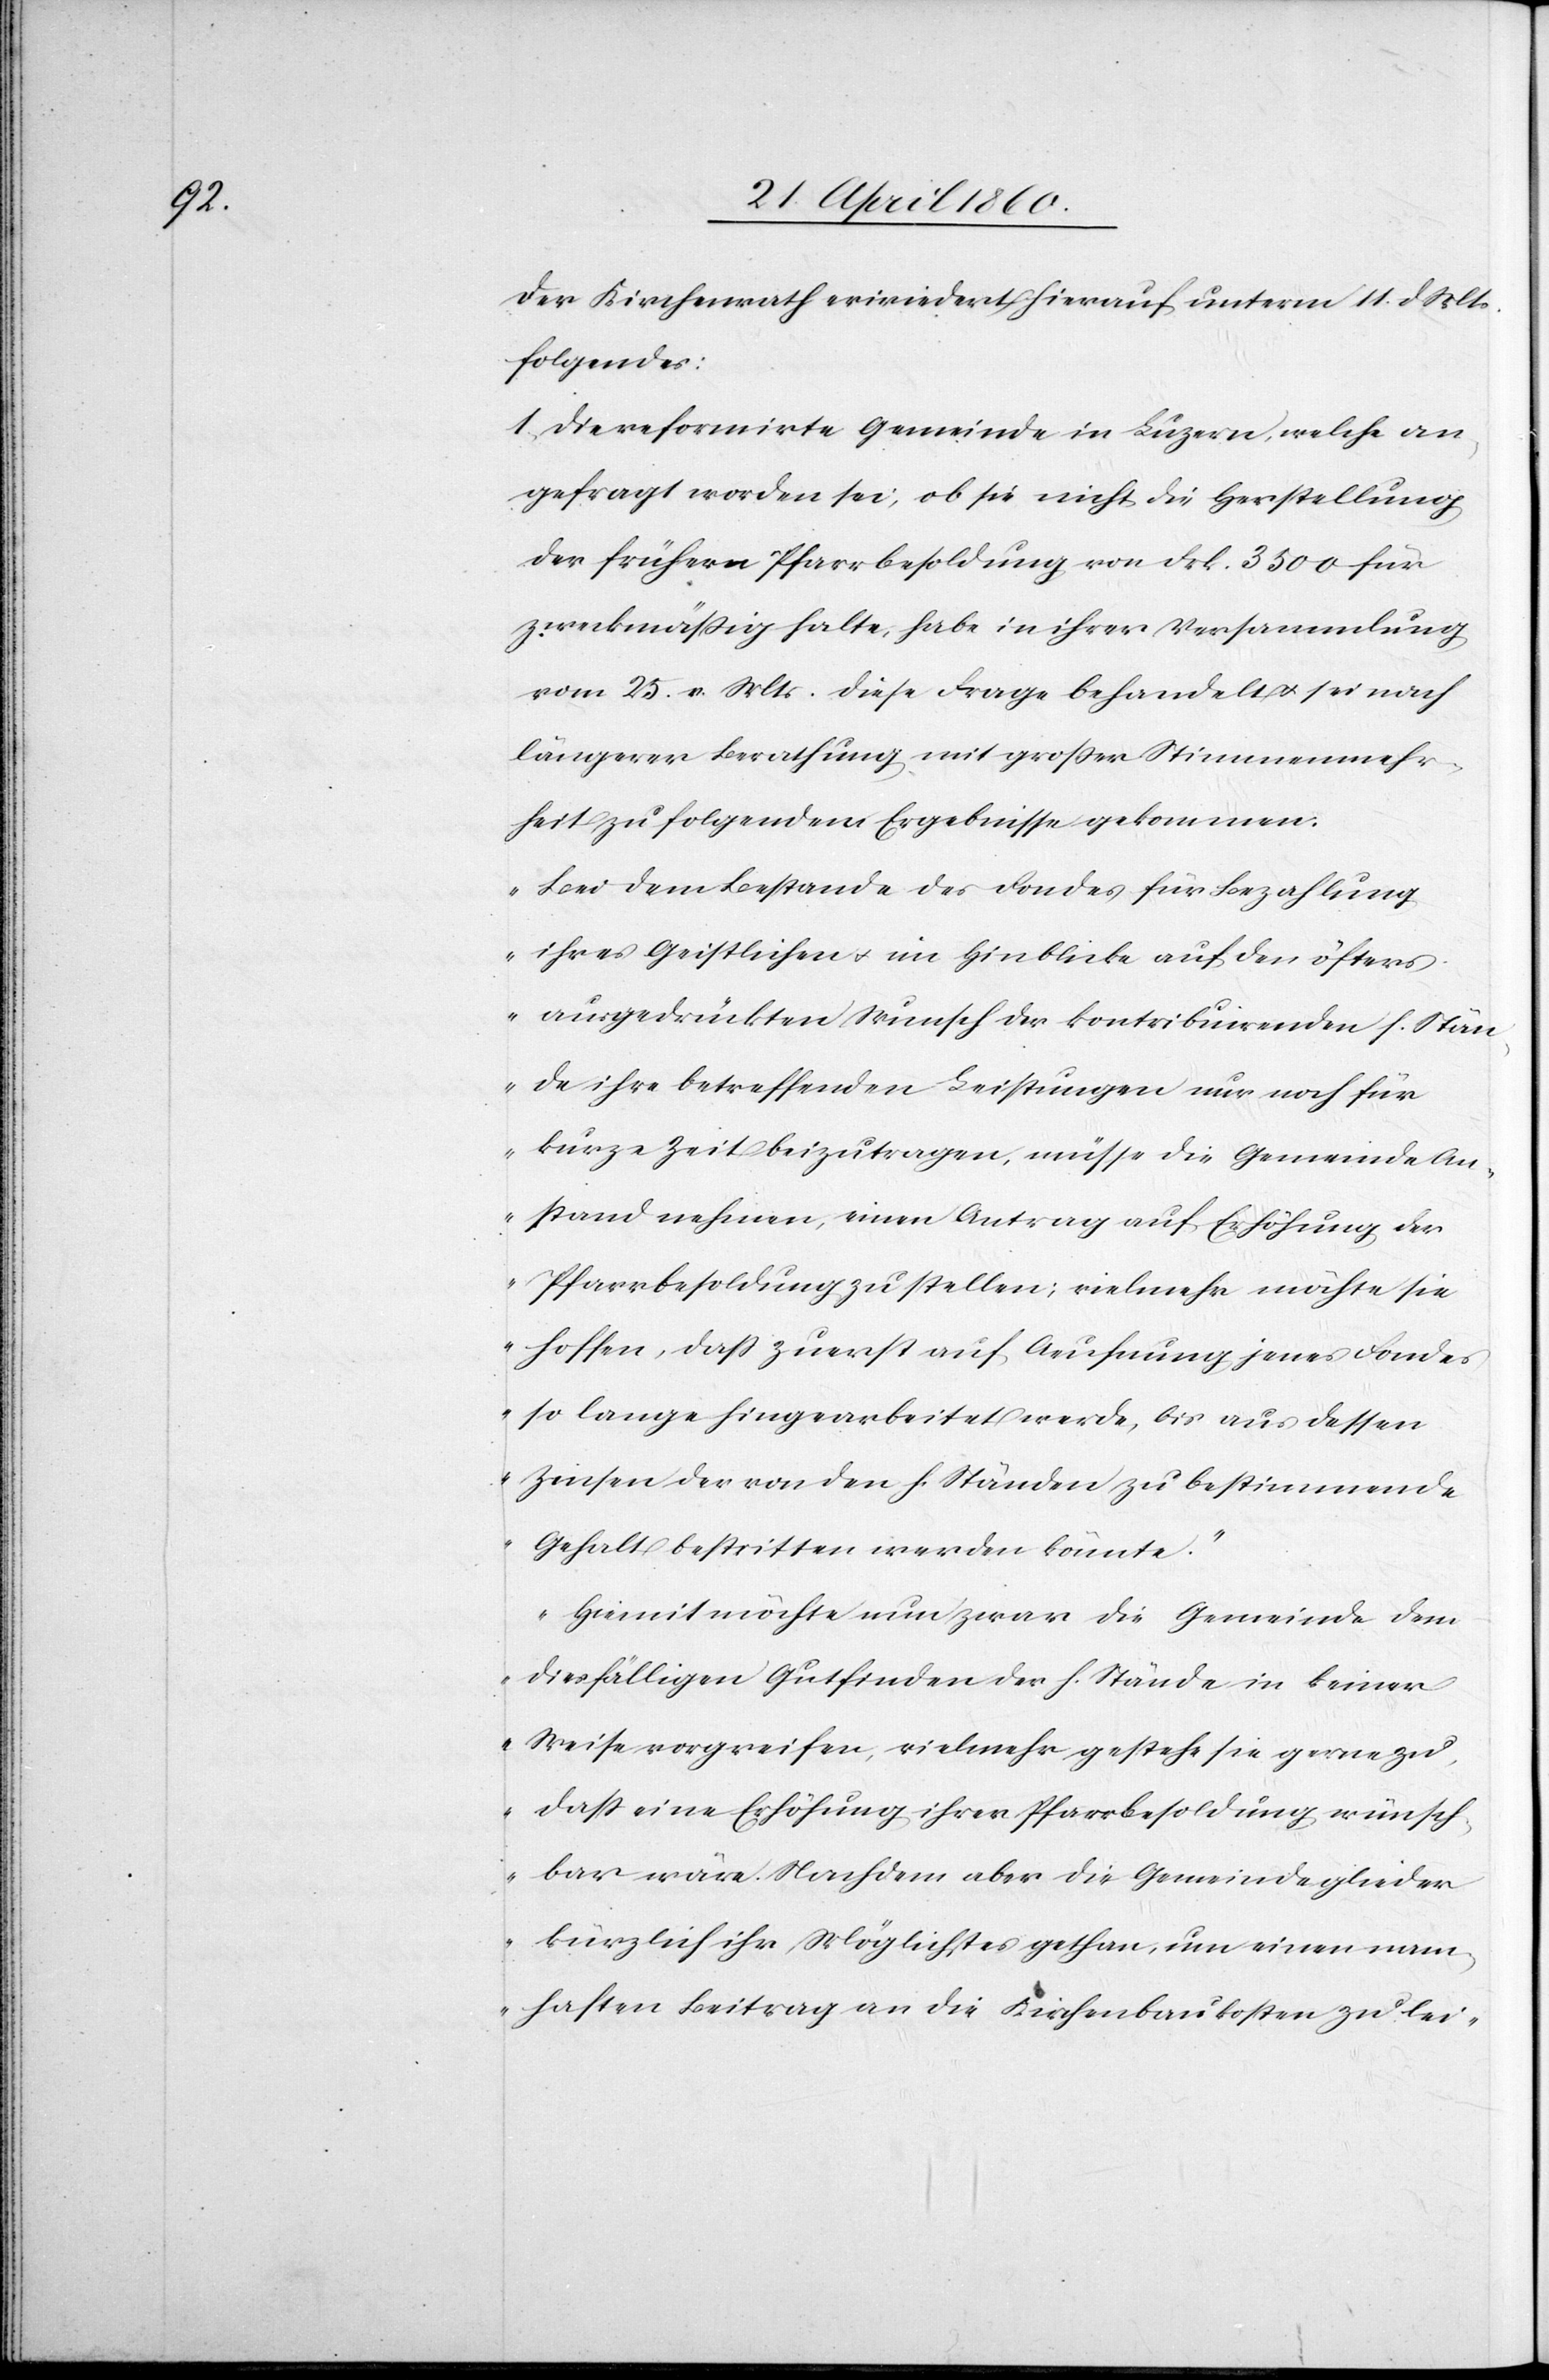
Der Kirchenrath erwiedert hierauf unterm 11. d. Mts.
folgendes.
1. Die reformirte Gemeinde in Luzern, welche an¬
gefragt worden sei, ob sie nicht die Herstellung
der frühern Pfarrbesoldung von Frk. 3500 für
zweckmässig halte, habe in ihrer Versammlung
vom 25. v. Mts. diese Frage behandelt u. sei nach
längerer Berathung mit grosser Stimmenmehr¬
heit zu folgendem Ergebnisse gekommen.
„Bei dem Bestande des Fondes für Bezahlung
ihres Geistlichen u. im Hinblicke auf den öfters
ausgedrückten Wunsch der konstribuirenden h. Stän¬
de ihre betreffenden Leistungen nur noch für
kurze Zeit beizutragen, müsse die Gemeinde An¬
stand nehmen, einen Antrag auf Erhöhung der
Pfarrbesoldung zu stellen; vielmehr möchte sie
hoffen, dass zuerst auf Aeuffnung jenes Fondes
so lange hingearbeitet werde, bis aus dessen
Zinsen der von den h. Ständen zu bestimmende
Gehalt bestritten werden könnte.“
„Hiemit möchte nun zwar die Gemeinde dem
diesfälligen Gutfinden der h. Stände in keiner
Weise vorgreifen, vielmehr gestehe sie gerne zu,
dass eine Erhöhung ihrer Pfarrbesoldung wünsch¬
bar wäre. Nachdem aber die Gemeindeglieder
kürzlich ihr Möglichstes gethan, um einen nam¬
haften Beitrag an die Kirchenbaukosten zu lei-